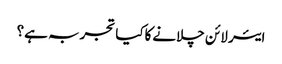
ایئر لائن چلانےکاکیا تجربہ ہے؟